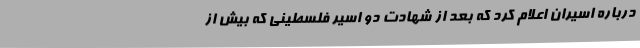
درباره اسیران اعلام کرد که بعد از شهادت دو اسیر فلسطینی که بیش از